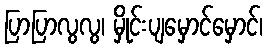
ပြာပြာလွလွ၊ မှိုင်းပျမှောင်မှောင်၊